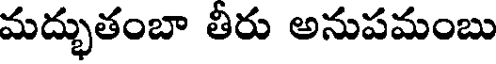
మద్భుతంబా తీరు అనుపమంబు